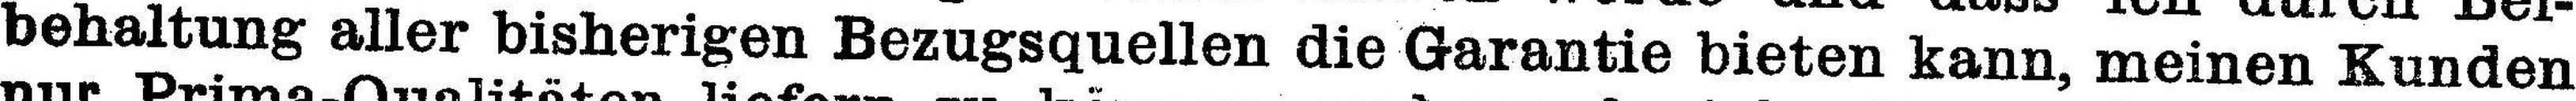
behaltung aller bisherigen Bezugsquellen die Garantie bieten kann, meinen Kunden